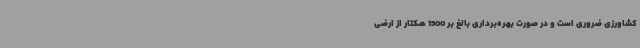
کشاورزی ضروری است و در صورت بهره‌برداری بالغ بر 1500 هکتار از ارضی